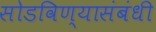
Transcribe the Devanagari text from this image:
सोडविण्यासंबंधी